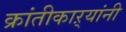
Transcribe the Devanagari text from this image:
क्रांतीकाऱ्यांनी